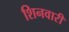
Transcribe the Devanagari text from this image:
शिनवारी